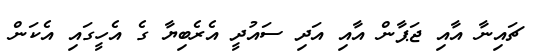
ޗައިނާ އާއި ޖަޕާން އާއި އަދި ސައުދީ އެރެބިޔާ ގެ އެހީގައި އެކަން